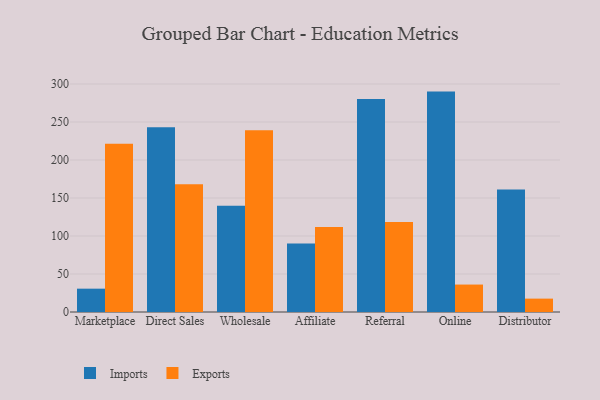
{"axis": {"x": "Channel", "y": "Population (Million)"}, "legend": ["Exports", "Imports"], "data": [{"x": "Marketplace", "y": 30.7, "type": "Imports"}, {"x": "Marketplace", "y": 221.5, "type": "Exports"}, {"x": "Direct Sales", "y": 243.1, "type": "Imports"}, {"x": "Direct Sales", "y": 168.2, "type": "Exports"}, {"x": "Wholesale", "y": 139.7, "type": "Imports"}, {"x": "Wholesale", "y": 239.0, "type": "Exports"}, {"x": "Affiliate", "y": 90.1, "type": "Imports"}, {"x": "Affiliate", "y": 111.7, "type": "Exports"}, {"x": "Referral", "y": 280.3, "type": "Imports"}, {"x": "Referral", "y": 118.3, "type": "Exports"}, {"x": "Online", "y": 290.0, "type": "Imports"}, {"x": "Online", "y": 36.1, "type": "Exports"}, {"x": "Distributor", "y": 161.1, "type": "Imports"}, {"x": "Distributor", "y": 17.6, "type": "Exports"}]}